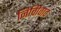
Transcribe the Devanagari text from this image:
निर्विावाद